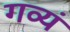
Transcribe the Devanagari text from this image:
गव्यं